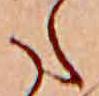
た